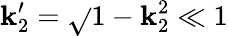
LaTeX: \mathbf{k}_{2}^{\prime}=\sqrt{}{{1-\mathbf{k}_{2}^{2}}}\ll1